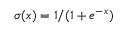
\sigma ( x ) = 1 / ( 1 + e ^ { - x } )